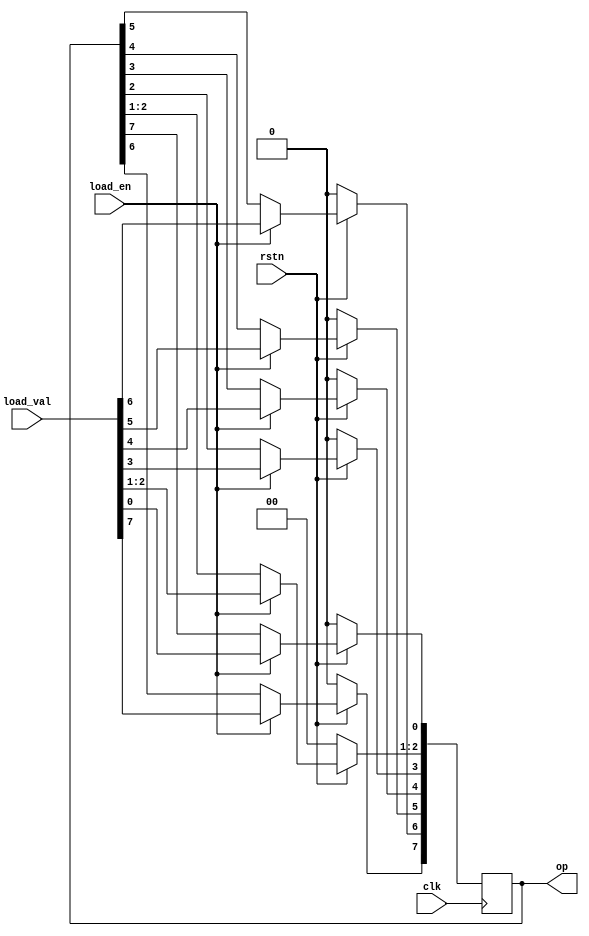
module lshift_reg (input             clk,        // Clock input
                   input            rstn,        // Active low reset input
                   input [7:0]       load_val,   // Load value 
                   input             load_en,     // Load enable
                   output reg [7:0] op);         // Output register value
 
   integer i;
 
   // At posedge of clock, if reset is low set output to 0
   // If reset is high, load new value to op if load_en=1
   // If reset is high, and load_en=0 shift register to left
   always @ (posedge clk) begin
      if (!rstn) begin
        op <= 0;
      end else begin
 
        // If load_en is 1, load the value to op
        // else keep shifting for every clock
        if (load_en) begin
          op <= load_val;
        end else begin
            for (i = 2; i < 8; i = i + 1) begin
              op[i+1] <= op[i];
            end
            op[0] <= op[7];
        end
      end
    end
endmodule